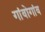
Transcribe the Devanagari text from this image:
गांवोगांव